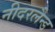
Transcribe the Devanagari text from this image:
नीदरलैन्ड